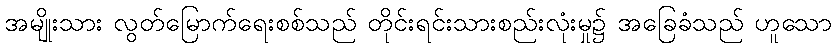
အမျိုးသား လွတ်မြောက်ရေးစစ်သည် တိုင်းရင်းသားစည်းလုံးမှု၌ အခြေခံသည် ဟူသော